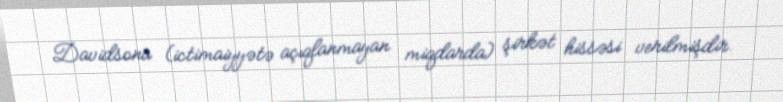
Davidsona (ictimaiyyətə açıqlanmayan miqdarda) şirkət hissəsi verilmişdir.